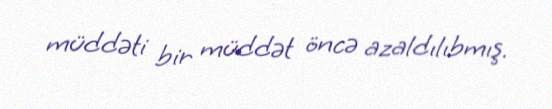
müddəti bir müddət öncə azaldılıbmış.